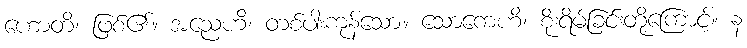
ဟောတိ၊ ဖြစ်၏။ အညေဟိ၊ တစ်ပါးကုန်သော။ သောကေဟိ၊ စိုးရိမ်ခြင်းတို့ကြောင့်။ န